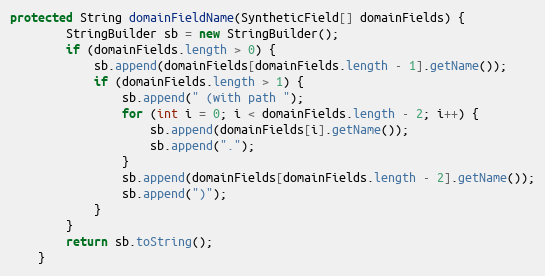
Language: Java
protected String domainFieldName(SyntheticField[] domainFields) {
        StringBuilder sb = new StringBuilder();
        if (domainFields.length > 0) {
            sb.append(domainFields[domainFields.length - 1].getName());
            if (domainFields.length > 1) {
                sb.append(" (with path ");
                for (int i = 0; i < domainFields.length - 2; i++) {
                    sb.append(domainFields[i].getName());
                    sb.append(".");
                }
                sb.append(domainFields[domainFields.length - 2].getName());
                sb.append(")");
            }
        }
        return sb.toString();
    }